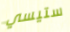
ستيسي